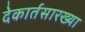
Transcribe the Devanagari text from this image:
देकार्तसारख्या